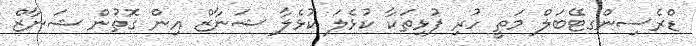
ޑްރެސިންގޓޭބަލް މަތީ ހުރި ފުޅިތަކާ ކުޅެލަ ކުޅެލާ ޝަނާޒް އިން ގޮތުން ޝަނާޒް